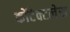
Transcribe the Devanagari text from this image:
कोंटेक्टलेस